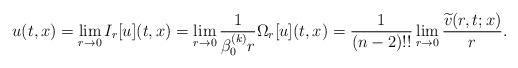
LaTeX: \begin{align*}u(t,x)= \lim_{r\to 0} I_r[u](t,x) = \lim_{r\to 0} \frac{1}{\beta^{(k)}_0 r} \Omega_r[u](t,x) = \frac{1}{(n-2)!!}\lim_{r\to 0} \frac{\widetilde{v}(r,t;x)}{ r} .\end{align*}